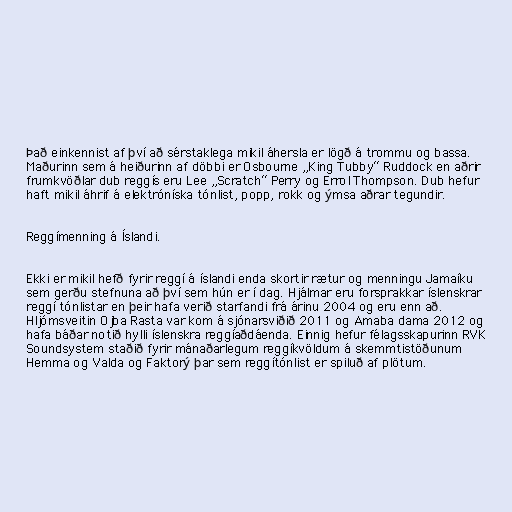
Það einkennist af því að sérstaklega mikil áhersla er lögð á trommu og bassa.
Maðurinn sem á heiðurinn af döbbi er Osbourne „King Tubby“ Ruddock en aðrir
frumkvöðlar dub reggís eru Lee „Scratch“ Perry og Errol Thompson. Dub hefur
haft mikil áhrif á elektróníska tónlist, popp, rokk og ýmsa aðrar tegundir.

Reggímenning á Íslandi.

Ekki er mikil hefð fyrir reggí á íslandi enda skortir rætur og menningu Jamaíku
sem gerðu stefnuna að því sem hún er í dag. Hjálmar eru forsprakkar íslenskrar
reggí tónlistar en þeir hafa verið starfandi frá árinu 2004 og eru enn að.
Hljómsveitin Ojba Rasta var kom á sjónarsviðið 2011 og Amaba dama 2012 og
hafa báðar notið hylli íslenskra reggíaðdáenda. Einnig hefur félagsskapurinn RVK
Soundsystem staðið fyrir mánaðarlegum reggíkvöldum á skemmtistöðunum
Hemma og Valda og Faktorý þar sem reggítónlist er spiluð af plötum.